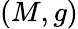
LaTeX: (M,g)